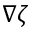
\nabla \zeta